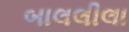
બાલલીલા